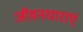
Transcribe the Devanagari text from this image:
जीवनधाराएं